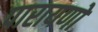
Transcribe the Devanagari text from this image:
पारायणों